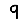
Digit: 9